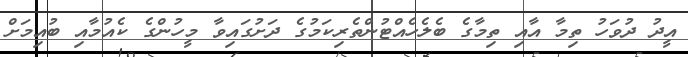
އީދު ދުވަހު ތިމާ އާއި ތިމާގެ ބެލެހެއްޓުންތެރިކަމުގެ ދަށުގައިވާ މީހުންގެ ކެއުމާއި ބުއިމަށް